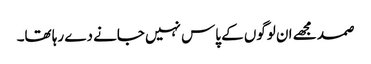
صمد مجھے ان لوگوں کے پاس نہیں جانے دے رہا تھا۔